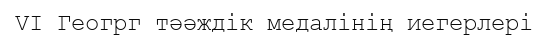
VI Геогрг тәәждік медалінің иегерлері